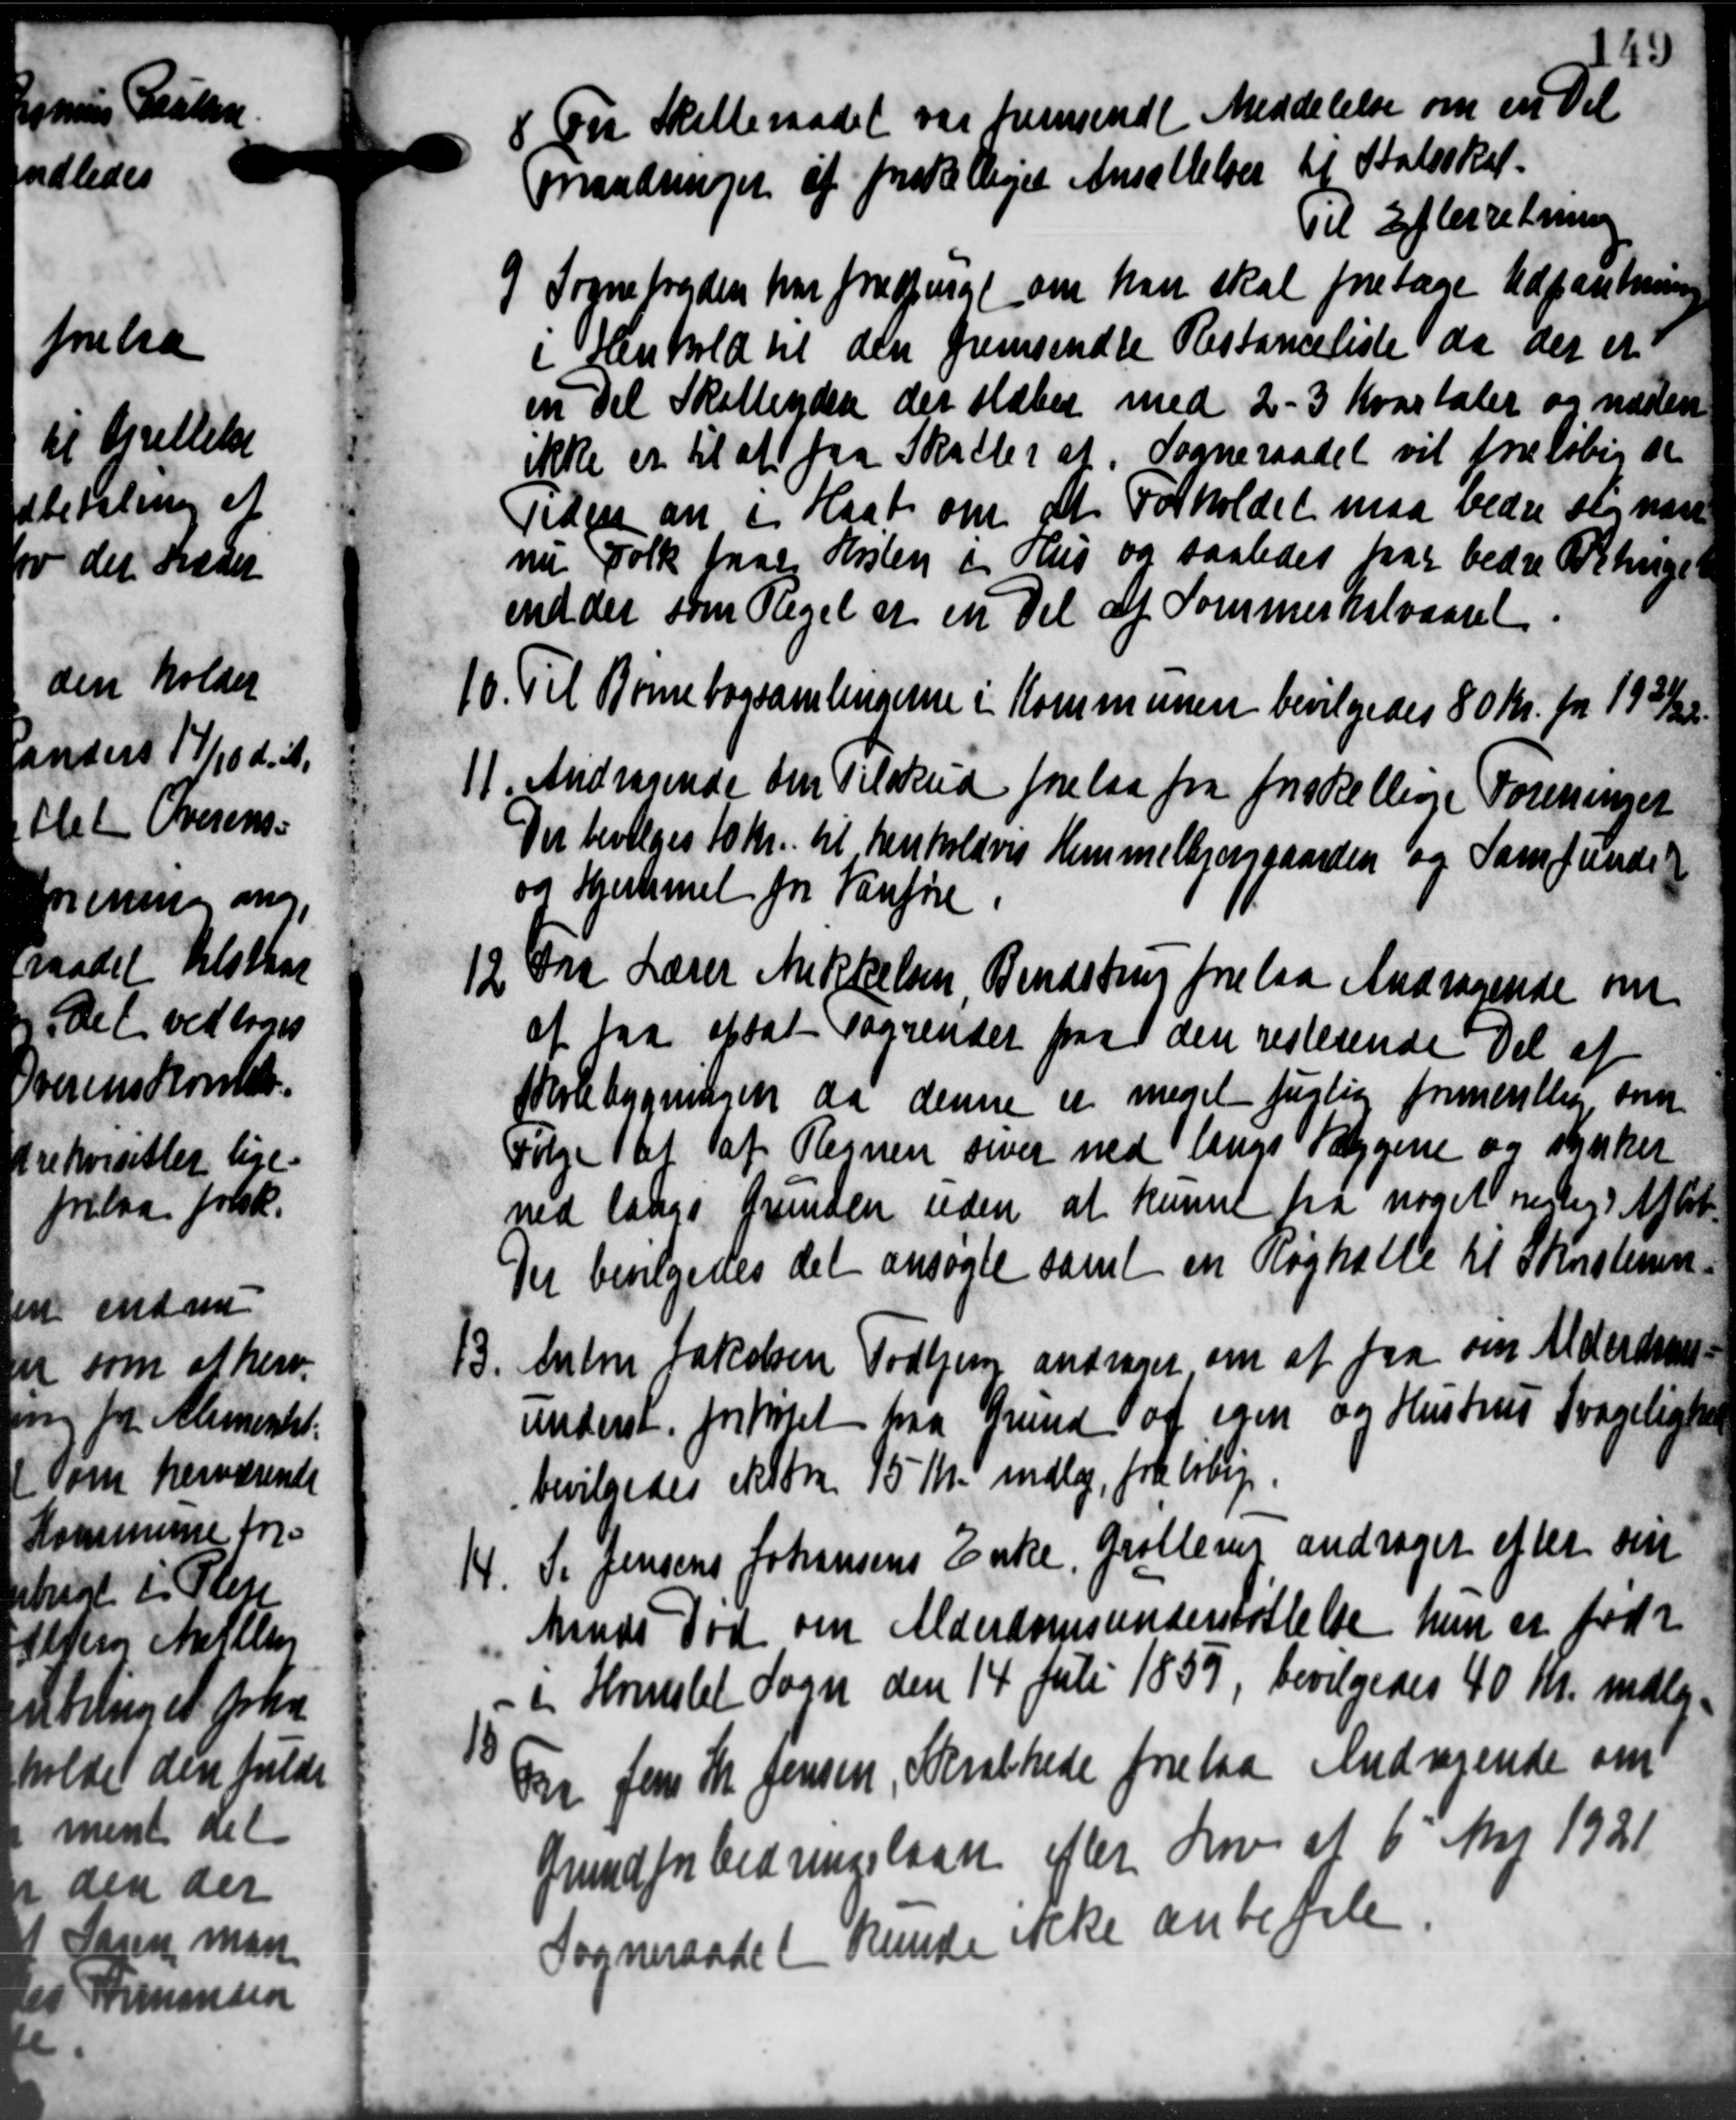
Transskription:
8 Fra Skatteraadet var fremsendt Meddelelse om en Del
8 Fra Skatteraadet var fremsendt Meddelelse om en Del
Mandringer af forske lejet Ansættelser til Statsskat.
Til Efterretning
9 Sognefogden har forespurgt om han skal foretage Udpantning
9 Sognefogden har forespurgt om han skal foretage Udpantning
i Henhold til den fremsendte Restanceliste da der et
en Del Skatteydere der sløbet med 2 - 3 Kvartaler og næsten
ikke er til at faa Skatter af Sogneraadet vil foreløbig at
Tidgaa an i Haab om at Forholdet maa vedre sig nære
nu Folk faar Huslen i Hus og saaledes har bedre Betinge
idder som Regel af en Del af Sommerhalvaaret.
10. Til Børnebogsamlingerne i Kommunen bevilgedes 80 Kr. for 1921/22.
10. Til Børnebogsamlingerne i Kommunen bevilgedes 80 Kr. for 1921/22.
11. Andragende om Tilskud forelaa fra forskellige Foreninger
11. Andragende om Tilskud forelaa fra forskellige Foreninger
Der bevilges 10 Kr. til henholdvis Hemmelbjerggaarden og Samfunder
og Hestemet for Vanføre.
12 Fra Lærer Mikkelsen Bendstrup forelaa Andragende om
12 Fra Lærer Mikkelsen Bendstrup forelaa Andragende om
at faa afsat Sognendet paa den resterende Del af
Skolebygningen da denne er meget fuglig formentlig som
Følge at af Regnen sover med langs Væggene og synker
ned langs Grunden uden at kunne fra noget nedlig Afløb
Der bevilgedes det ansøgte samt en Røghalle til Skristenen

Autne Jakobsen Todbjerg andrager om at fra om Alderdoms-
underst forhøjet paa Grund af egen og Hustrup Svagelighe
bevilgedes ektøre 15 Kr. indlag, fra Arbej
4. P. Jensens Johansens Enke, Grollerup andrager efter sin
4. P. Jensens Johansens Enke, Grollerup andrager efter sin
Mende Tød om Alderdomsunderstøttelse hun er født
i Hverslet Sogn den 14 Juli 1857, bevilgedes 40 Kr. medler

Kr Jens Th. Jensen, Skrathede forelaa Andragende om
Grundforbedringslaan efter Lov af 6' Maj 1921
Sogneraadet kunde ikke anbefale